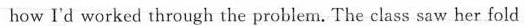
how I'd worked through the problem. The class saw her fold